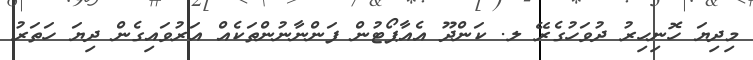
މިދިޔަ ހޮނިހިރު ދުވަހުގެރޭ ލ. ކަންދޫ އެއާޕޯޓުން ފަންނާނުންތަކެއް އަރުވައިގެން ދިޔަ ހަތަރު